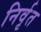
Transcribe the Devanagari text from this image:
निर्वृत